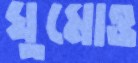
ঘুমোও